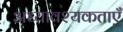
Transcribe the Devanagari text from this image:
अध्यावश्यकताएँ